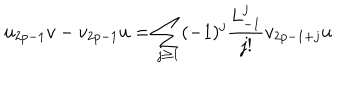
LaTeX: u _ { 2 p - 1 } v - v _ { 2 p - 1 } u = \sum _ { j \geq 1 } ( - 1 ) ^ { j } \frac { L _ { - 1 } ^ { j } } { j ! } v _ { 2 p - 1 + j } u